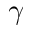
\gamma